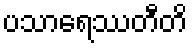
ပသာရေဿတီတိ